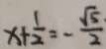
x + \frac { 1 } { 2 } = - \frac { \sqrt { 5 } } { 2 }